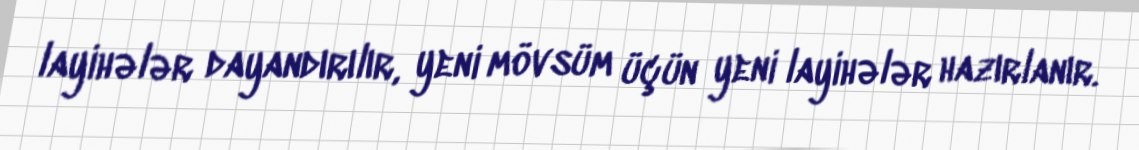
layihələr dayandırılır, yeni mövsüm üçün yeni layihələr hazırlanır.